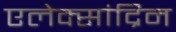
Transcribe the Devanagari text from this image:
एलेक्सांद्रिन